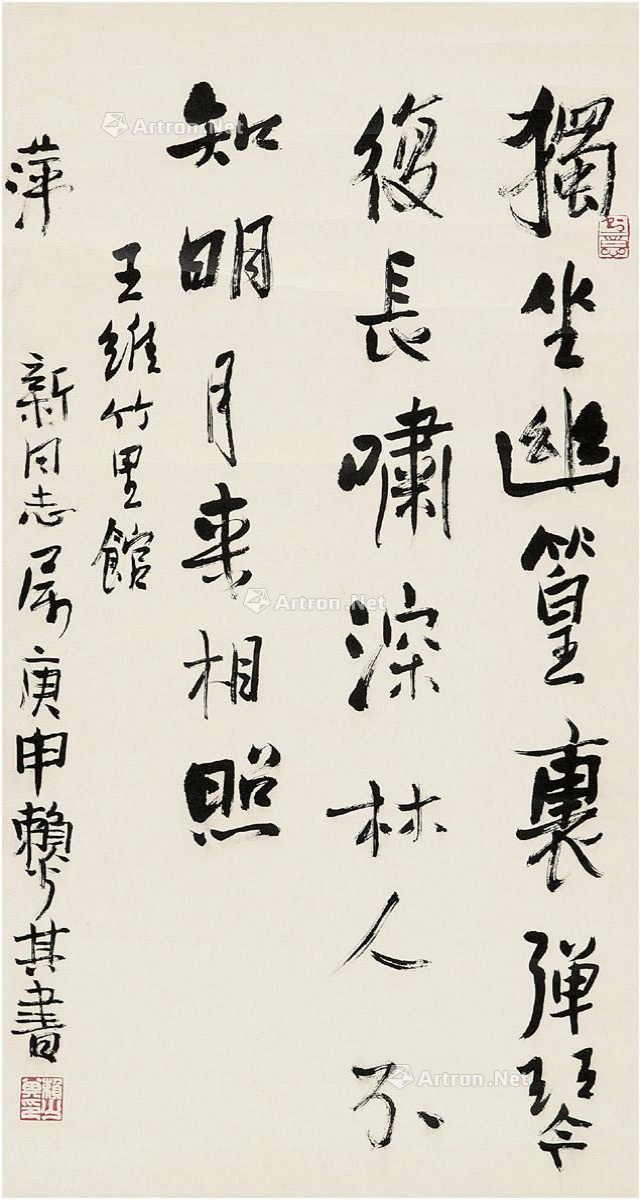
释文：独坐幽篁里，弹琴复长啸。深林人不知，明月来相照。王维竹里馆。萍新同志属。庚申，赖少其书。